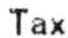
TAX